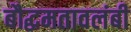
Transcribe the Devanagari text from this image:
बौद्धमतावलंबी